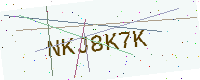
Text: NKJ8K7K